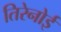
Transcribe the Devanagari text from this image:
तिरेनोई